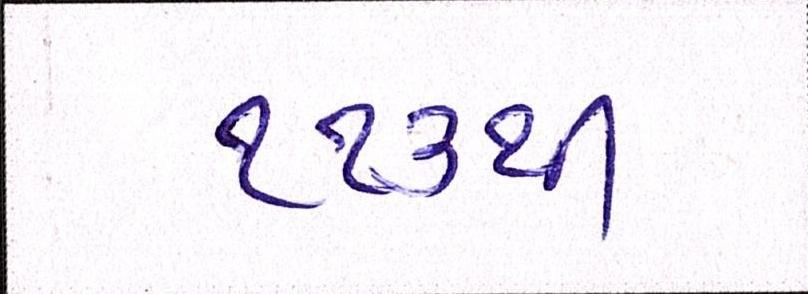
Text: ૧૧૩થી